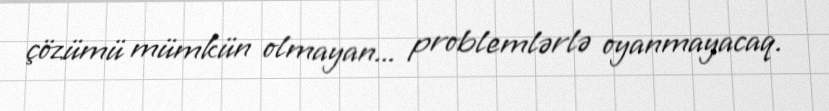
çözümü mümkün olmayan... problemlərlə oyanmayacaq.